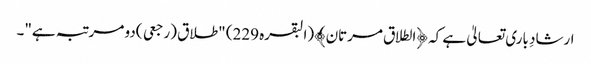
ارشادِ باری تعالیٰ ہے کہ ﴿الطلاق مرتان﴾(البقرہ 229) "طلاق (رجعی )دو مرتبہ ہے"۔